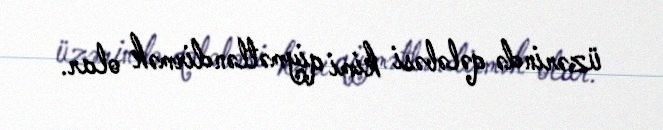
üzərində qələbəsi kimi qiymətləndirmək olar.